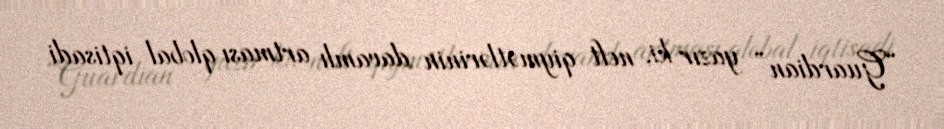
“Guardian” yazır ki, neft qiymətlərinin davamlı artması qlobal iqtisadi